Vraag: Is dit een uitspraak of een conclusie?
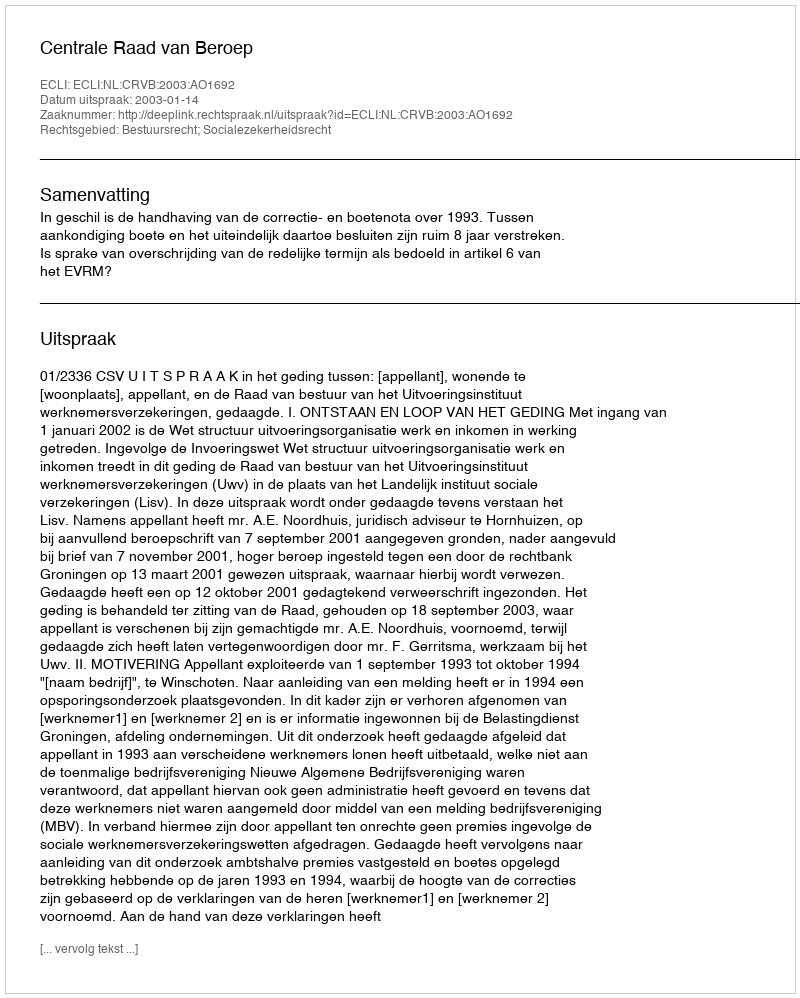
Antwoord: Uitspraak